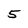
Character: 5